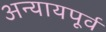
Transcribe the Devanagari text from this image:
अन्यायपूर्व